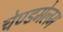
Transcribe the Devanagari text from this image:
चेण्डमेलम